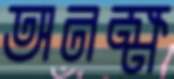
অনক্ষ